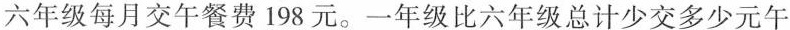
六年级每月交午餐费198元。一年级比六年级总计少交多少元午